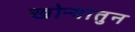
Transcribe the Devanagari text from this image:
खोऱ्यातुन